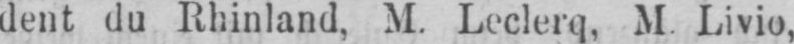
dent du Rhinland, M. Leclerq, M. Livio,